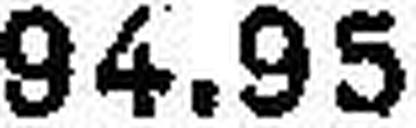
94.95